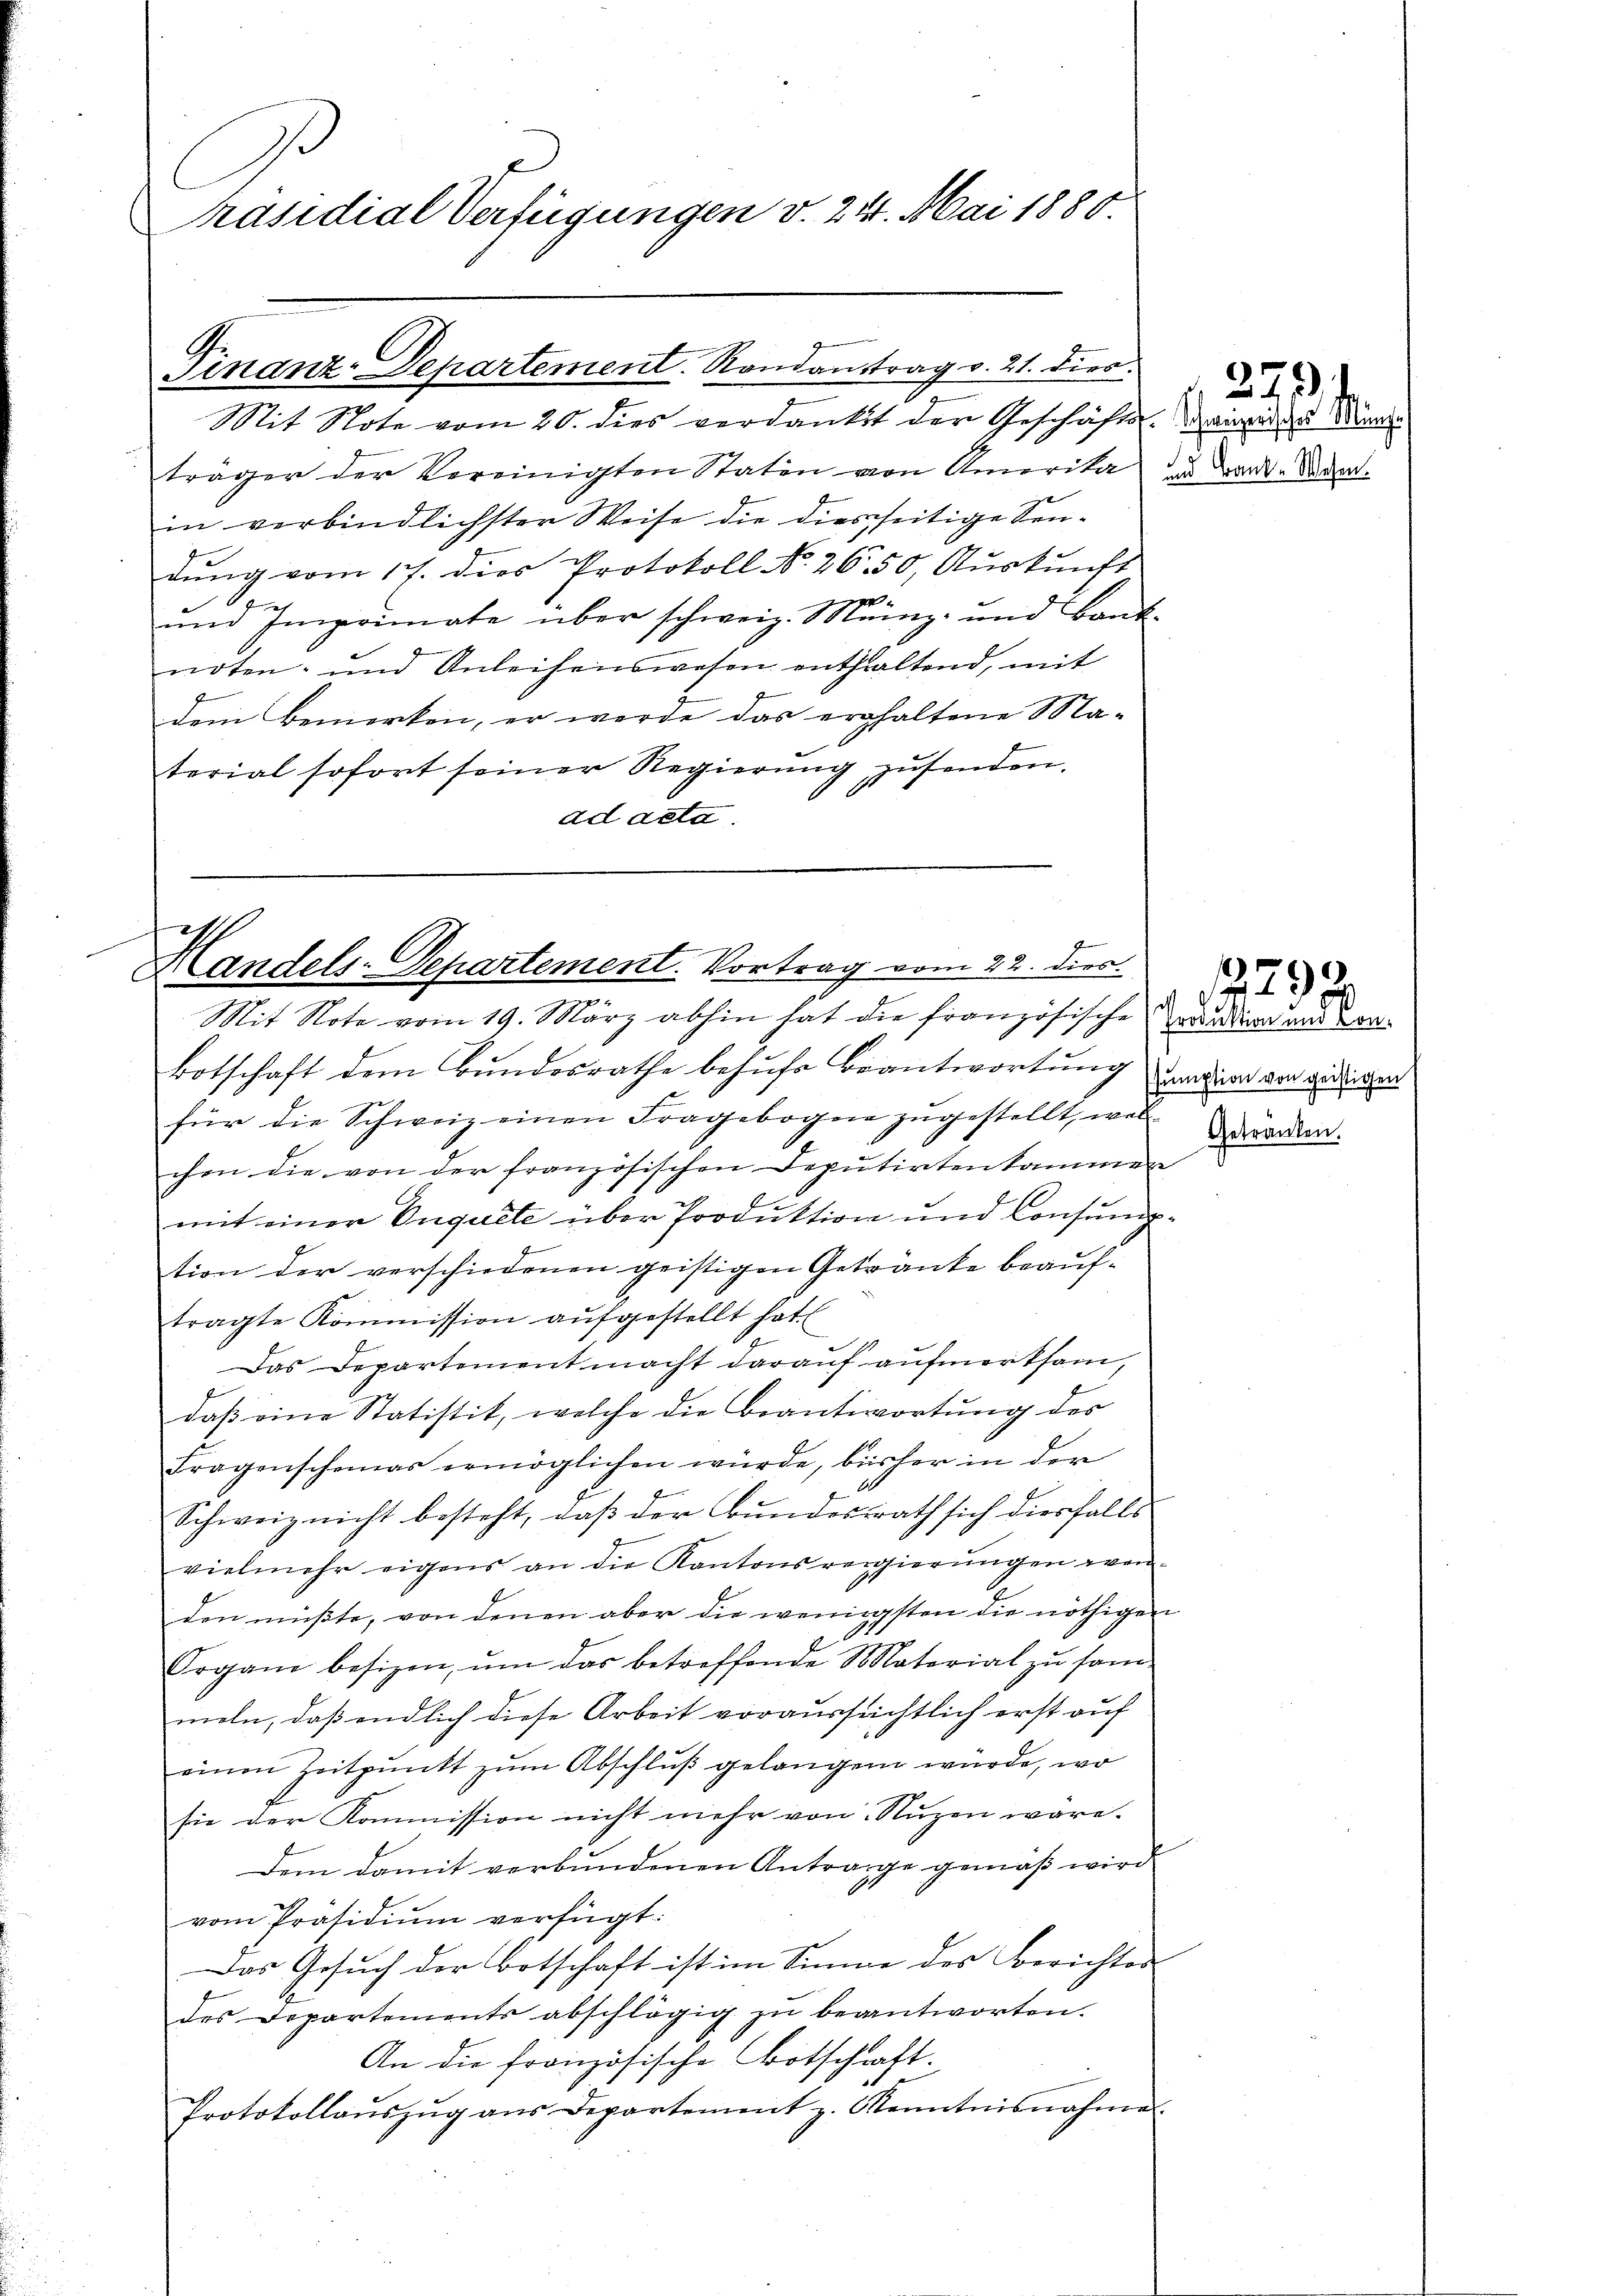
Präsidial Verfügungen v. 24. Mai 1880.

Finanz-Departement. Randantrag v. 21. dies

Mit Note vom 20. dies verdankt der Geschäfte. Weigen zu Münde
träger der Vereinigten Staten von Amerika zu Land-Saam
in verbindlichster Weise die diesseitige Sendŭng vom 17. dies Protokoll No. 2650, Aŭskŭnft
und Imprimate über schweiz. Münz- und Bank-
noten- und Anleihenswesen enthaltend, mit
dem Bemerken, er werde das erhaltene Ma-
terial sofort seiner Regierŭng zusenden.
ad acta.

i
Handels-Departement. Vortrag vom 22. dies

Mit Note vom 19. März abhin hat die französische Verandung und von
Botschaft dem Bundesrathe behufs Beantwortung
für die Schweiz einen Fragebogen zugestellt, wel
chen die von der französischen Deputirtenkammen
mit einer Onguete über Produktion und Consumption der verschiedenen geistigen Getränke beauf-
tragte Kommission aufgestellt hat
Das Departement macht darauf aufmerksam,
daβ eine Statistik, welche die Beantwortung des
Fragenscheinas ermöglichen würde, bisher in der
Schweiz nicht besteht, daß der Bundesrath sich diesfalls
vielmehr eigens an die Kantonsregierungen verden müßte, von denen aber die wenigsten die nöthigen
Organi besizen, ŭm das betreffende Material zu sam-
meln, daß endlich diese Arbeit voraussichtlich erst auf
einen Zeitpunkt zŭm Abschlŭβ gelangen würde, wo
sie der Kommission nicht mehr von Nuzen wäre.
Dem damit verbŭndenen Antrage gemäβ wird
vom Präsidiŭm verfügt:
Das Gesuch der Botschaft ist im Sinne des Berichtes
des Departements abschlägig zŭ beantworten.
An die französische Botschaft.
Protokollaŭszŭg aŭs Departement z. Kenntnisnahme.

279.

sumption von geistigen
Getranken.

1290